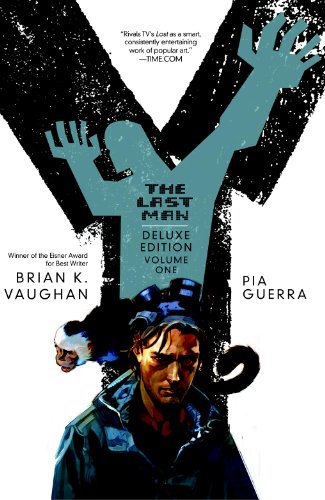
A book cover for Y: The Last Man, Book 1, Deluxe Edition; Brian K. Vaughan; Comics & Graphic Novels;